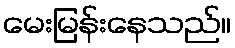
မေးမြန်းနေသည်။